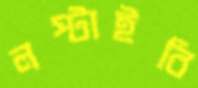
লপ্‌টাইবি